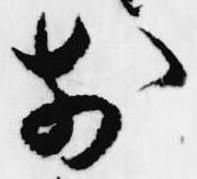
前